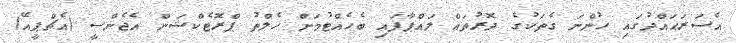
އެސަރަޙައްދުގައި ހުންނަ ގެތަކުގެ ދޮރުތައް ލައްޕާފައި ބެހެއްޓުމަށް ހެލްތު ޕްރޮޓެކްޝަން އެޖެންސީ (އެޗްޕީއޭ)